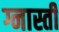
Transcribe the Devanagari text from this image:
ग्नास्ती